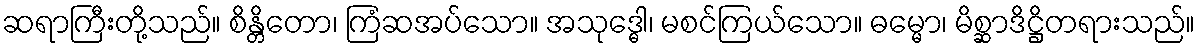
ဆရာကြီးတို့သည်။ စိန္တိတော၊ ကြံဆအပ်သော။ အသုဒ္ဓေါ၊ မစင်ကြယ်သော။ ဓမ္မော၊ မိစ္ဆာဒိဋ္ဌိတရားသည်။